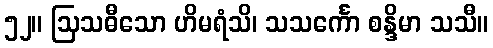
၅၂။ ဩသဓီသော ဟိမရံသိ၊ သသင်္ကော စန္ဒိမာ သသီ။